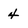
Character: 4